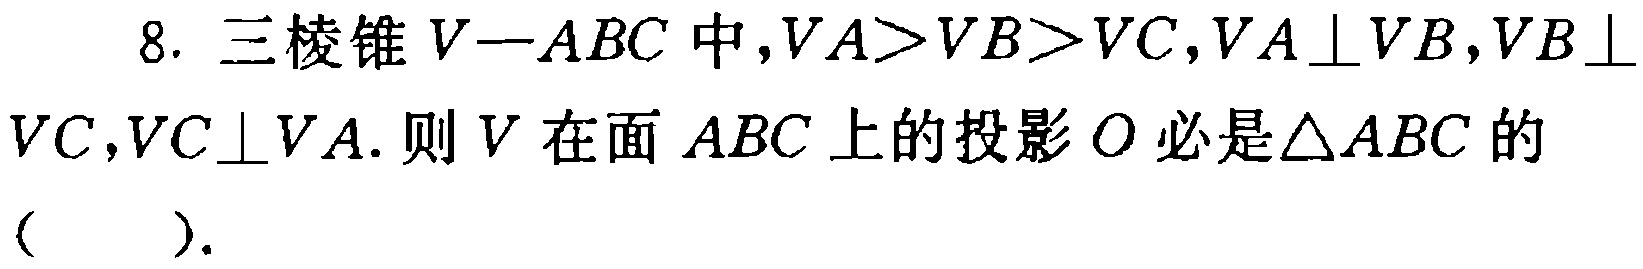
8. 三棱锥\(V - ABC\)中，\(VA>VB>VC\)，\(VA\perp VB\)，\(VB\perp VC\)，\(VC\perp VA\). 则\(V\)在面\(ABC\)上的投影\(O\)必是\(\triangle ABC\)的（  ）.